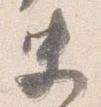
史